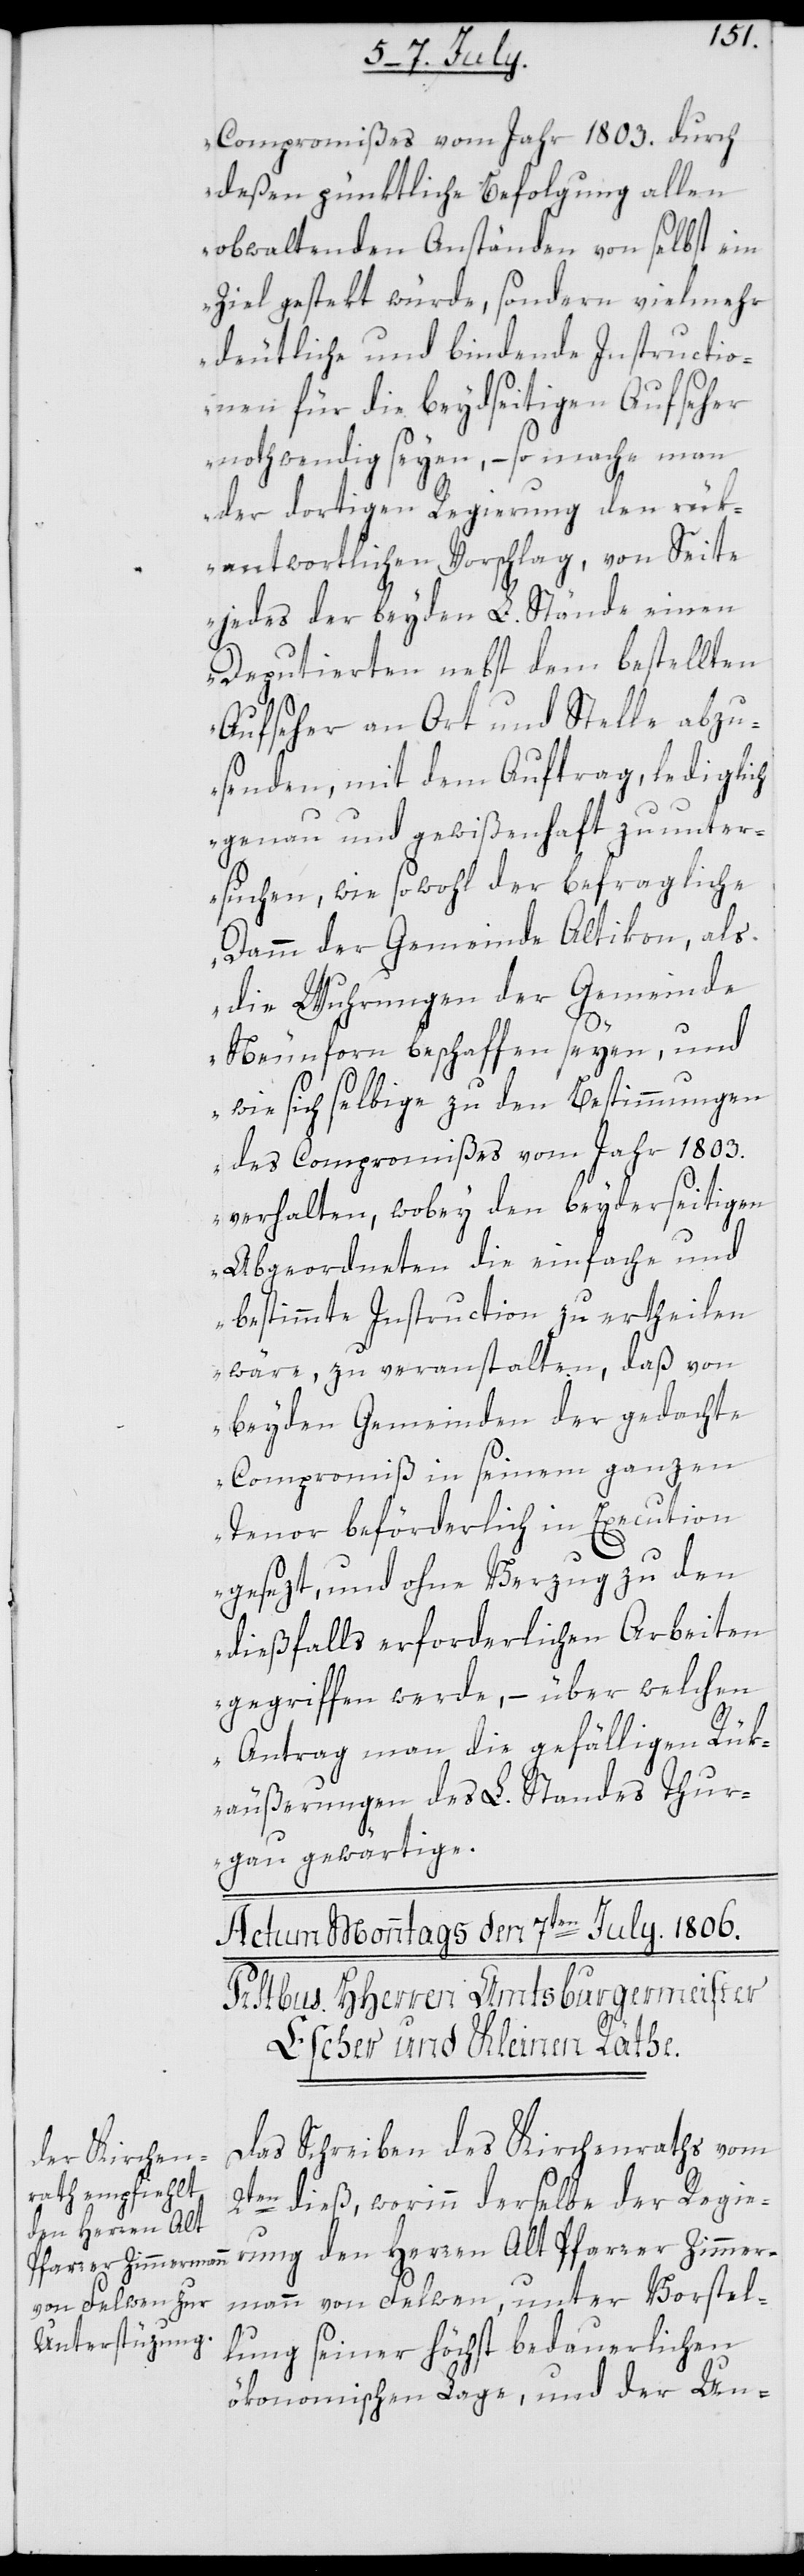
Compromißes vom Jahr 1803. durch
deßen pünktliche Befolgung allen
obwaltenden Anständen von selbst ein
Ziel gestekt würde, sondern vielmehr
deutliche und bindende Instructio¬
nen für die beydseitigen Aufseher
nothwendig seyen, – so mache man
der dortigen Regierung den rük¬
antwortlichen Vorschlag, von Seite
jedes der beyden L. Stände einen
Deputierten nebst dem bestellten
Aufseher an Ort und Stelle abzu¬
senden, mit dem Auftrag, lediglich
genau und gewißenhaft zu unter¬
suchen, wie sowohl der befragliche
Damm der Gemeinde Altikon, als
die Wuhrungen der Gemeinde
Neunforn beschaffen seyen, und
wie sich selbige zu den Bestimmungen
des Compromißes vom Jahr 1803.
verhalten, wobey den beyderseitigen
Abgeordneten die einfache und
bestimmte Instruction zu ertheilen
wäre, zu veranstalten, daß von
beyden Gemeinden der gedachte
Compromiß in seinem ganzen
Tenor beförderlich in Execution
gesetzt, und ohne Verzug zu den
dießfalls erforderlichen Arbeiten
gegriffen werde, – über welchen
Antrag man die gefälligen Rük¬
äußerungen des L. Standes Thur¬
gau gewärtige.“
Das Schreiben des Kirchenraths vom
2ten dieß, worinn derselbe der Regie¬
rung den Herren Alt Pfarrer Zimmer¬
mann von Felwen, unter Vorstel¬
lung seiner höchst bedauerlichen
ökonomischen Lage, und der Un-